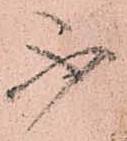
不